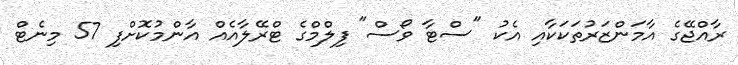
ރާއްޖޭގެ އާމަންޒަރުތަކަކާއި އެކު "ސްޓާ ވޯސް" ފިލްމްގެ ޓްރޭލާއެއް އާންމުކޮށްފި 57 މިނެޓް